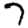
Digit: 7